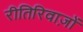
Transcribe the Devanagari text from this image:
रीतिरिवाज़ों